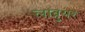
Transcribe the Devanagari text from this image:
लाब्रुयर